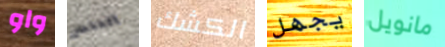
واو العنصر الكشك يجهل مانويل